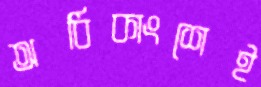
অধিকাংশেই